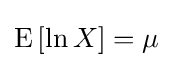
\operatorname {E} \left[\ln X\right]=\mu